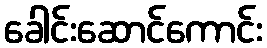
ခေါင်းဆောင်ကောင်း